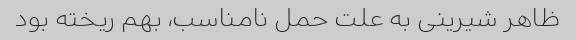
ظاهر شیرینی به علت حمل نامناسب، بهم ریخته بود